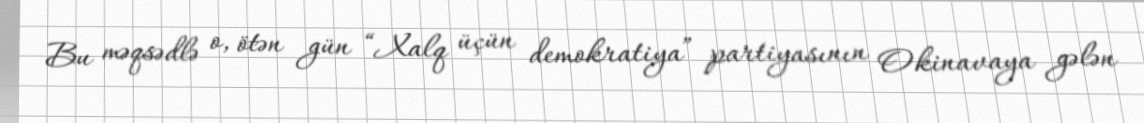
Bu məqsədlə o, ötən gün “Xalq üçün demokratiya” partiyasının Okinavaya gələn